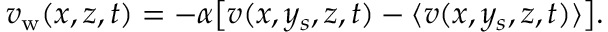
v _ { \mathrm { w } } ( x , z , t ) = - \alpha \big [ v ( x , y _ { s } , z , t ) - \langle v ( x , y _ { s } , z , t ) \rangle \big ] .